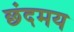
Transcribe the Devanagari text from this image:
छंदमय